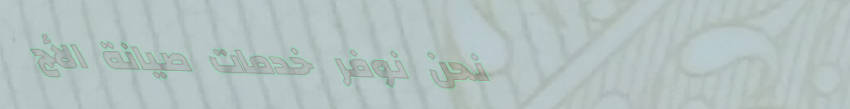
نحن نوفر خدمات صيانة الأج